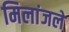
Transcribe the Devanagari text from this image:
मिलांजले